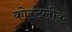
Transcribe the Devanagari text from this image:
कोस्टेलीक